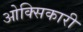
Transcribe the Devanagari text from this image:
ओक्सिकारी